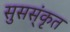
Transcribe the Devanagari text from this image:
सुसस्ंकृत